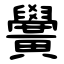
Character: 黌